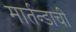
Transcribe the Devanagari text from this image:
मार्तन्डाची